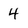
Character: 4